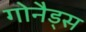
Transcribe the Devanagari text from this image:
गोनैड्स